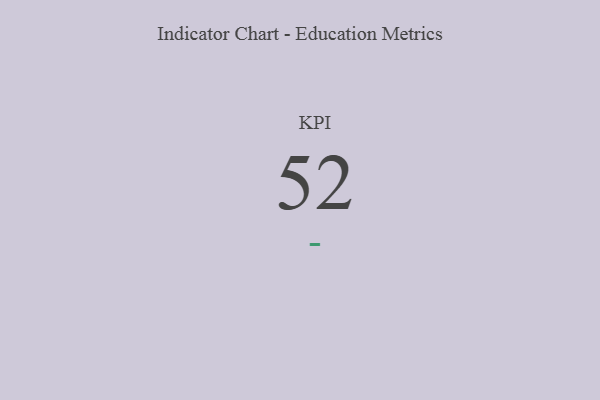
{"axis": {"x": "KPI", "y": "Value"}, "legend": [""], "data": [{"x": "KPI", "y": 52, "type": ""}]}